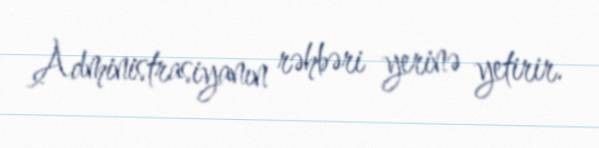
Administrasiyanın rəhbəri yerinə yetirir.